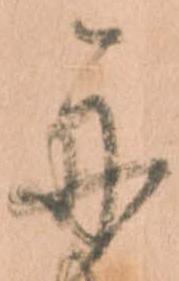
舟